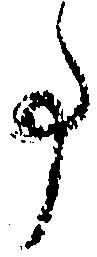
事